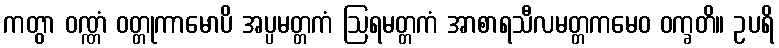
ကတွာ ဝဏ္ဏံ ဝတ္တုကာမောပိ အပ္ပမတ္တကံ ဩရမတ္တကံ အာစာရသီလမတ္တကမေဝ ဝက္ခတိ။ ဥပရိ